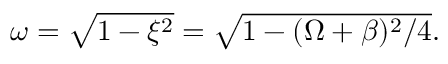
\begin{array} { r } { \omega = \sqrt { 1 - \xi ^ { 2 } } = \sqrt { 1 - ( \Omega + \beta ) ^ { 2 } / 4 } . } \end{array}